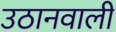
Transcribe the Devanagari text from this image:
उठानवाली